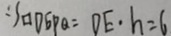
: S _ { \square D E P Q } = D E \cdot h = 6